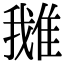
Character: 𨿍